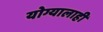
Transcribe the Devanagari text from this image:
योग्यालाही